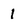
Character: 1